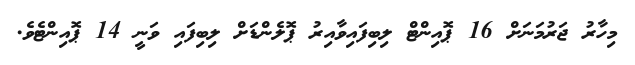
މިހާރު ޖަރުމަނަށް 16 ޕޮއިންޓް ލިބިފައިވާއިރު ޕޮލެންޑަށް ލިބިފައި ވަނީ 14 ޕޮއިންޓެވެ.